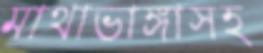
মাথাভাঙ্গাসহ